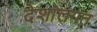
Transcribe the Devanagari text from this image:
देशांलगत